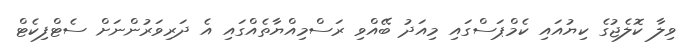
ވިލާ ކޮލެޖުގެ ކިޔުއައި ކެމްޕަސްގައި މިއަދު ބޭއްވި ރަސްމިއްޔާތެއްގައި އެ ދަރިވަރުންނަށް ސެޓްފިކެޓް